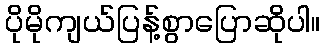
ပိုမိုကျယ်ပြန့်စွာပြောဆိုပါ။